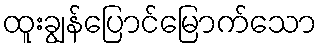
ထူးချွန်ပြောင်မြောက်သော